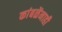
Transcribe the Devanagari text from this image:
कांबळेंनाही